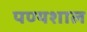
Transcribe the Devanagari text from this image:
पण्यशाल